Problem: 39 + 24 = ?
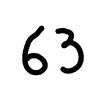
Handwritten answer: 63